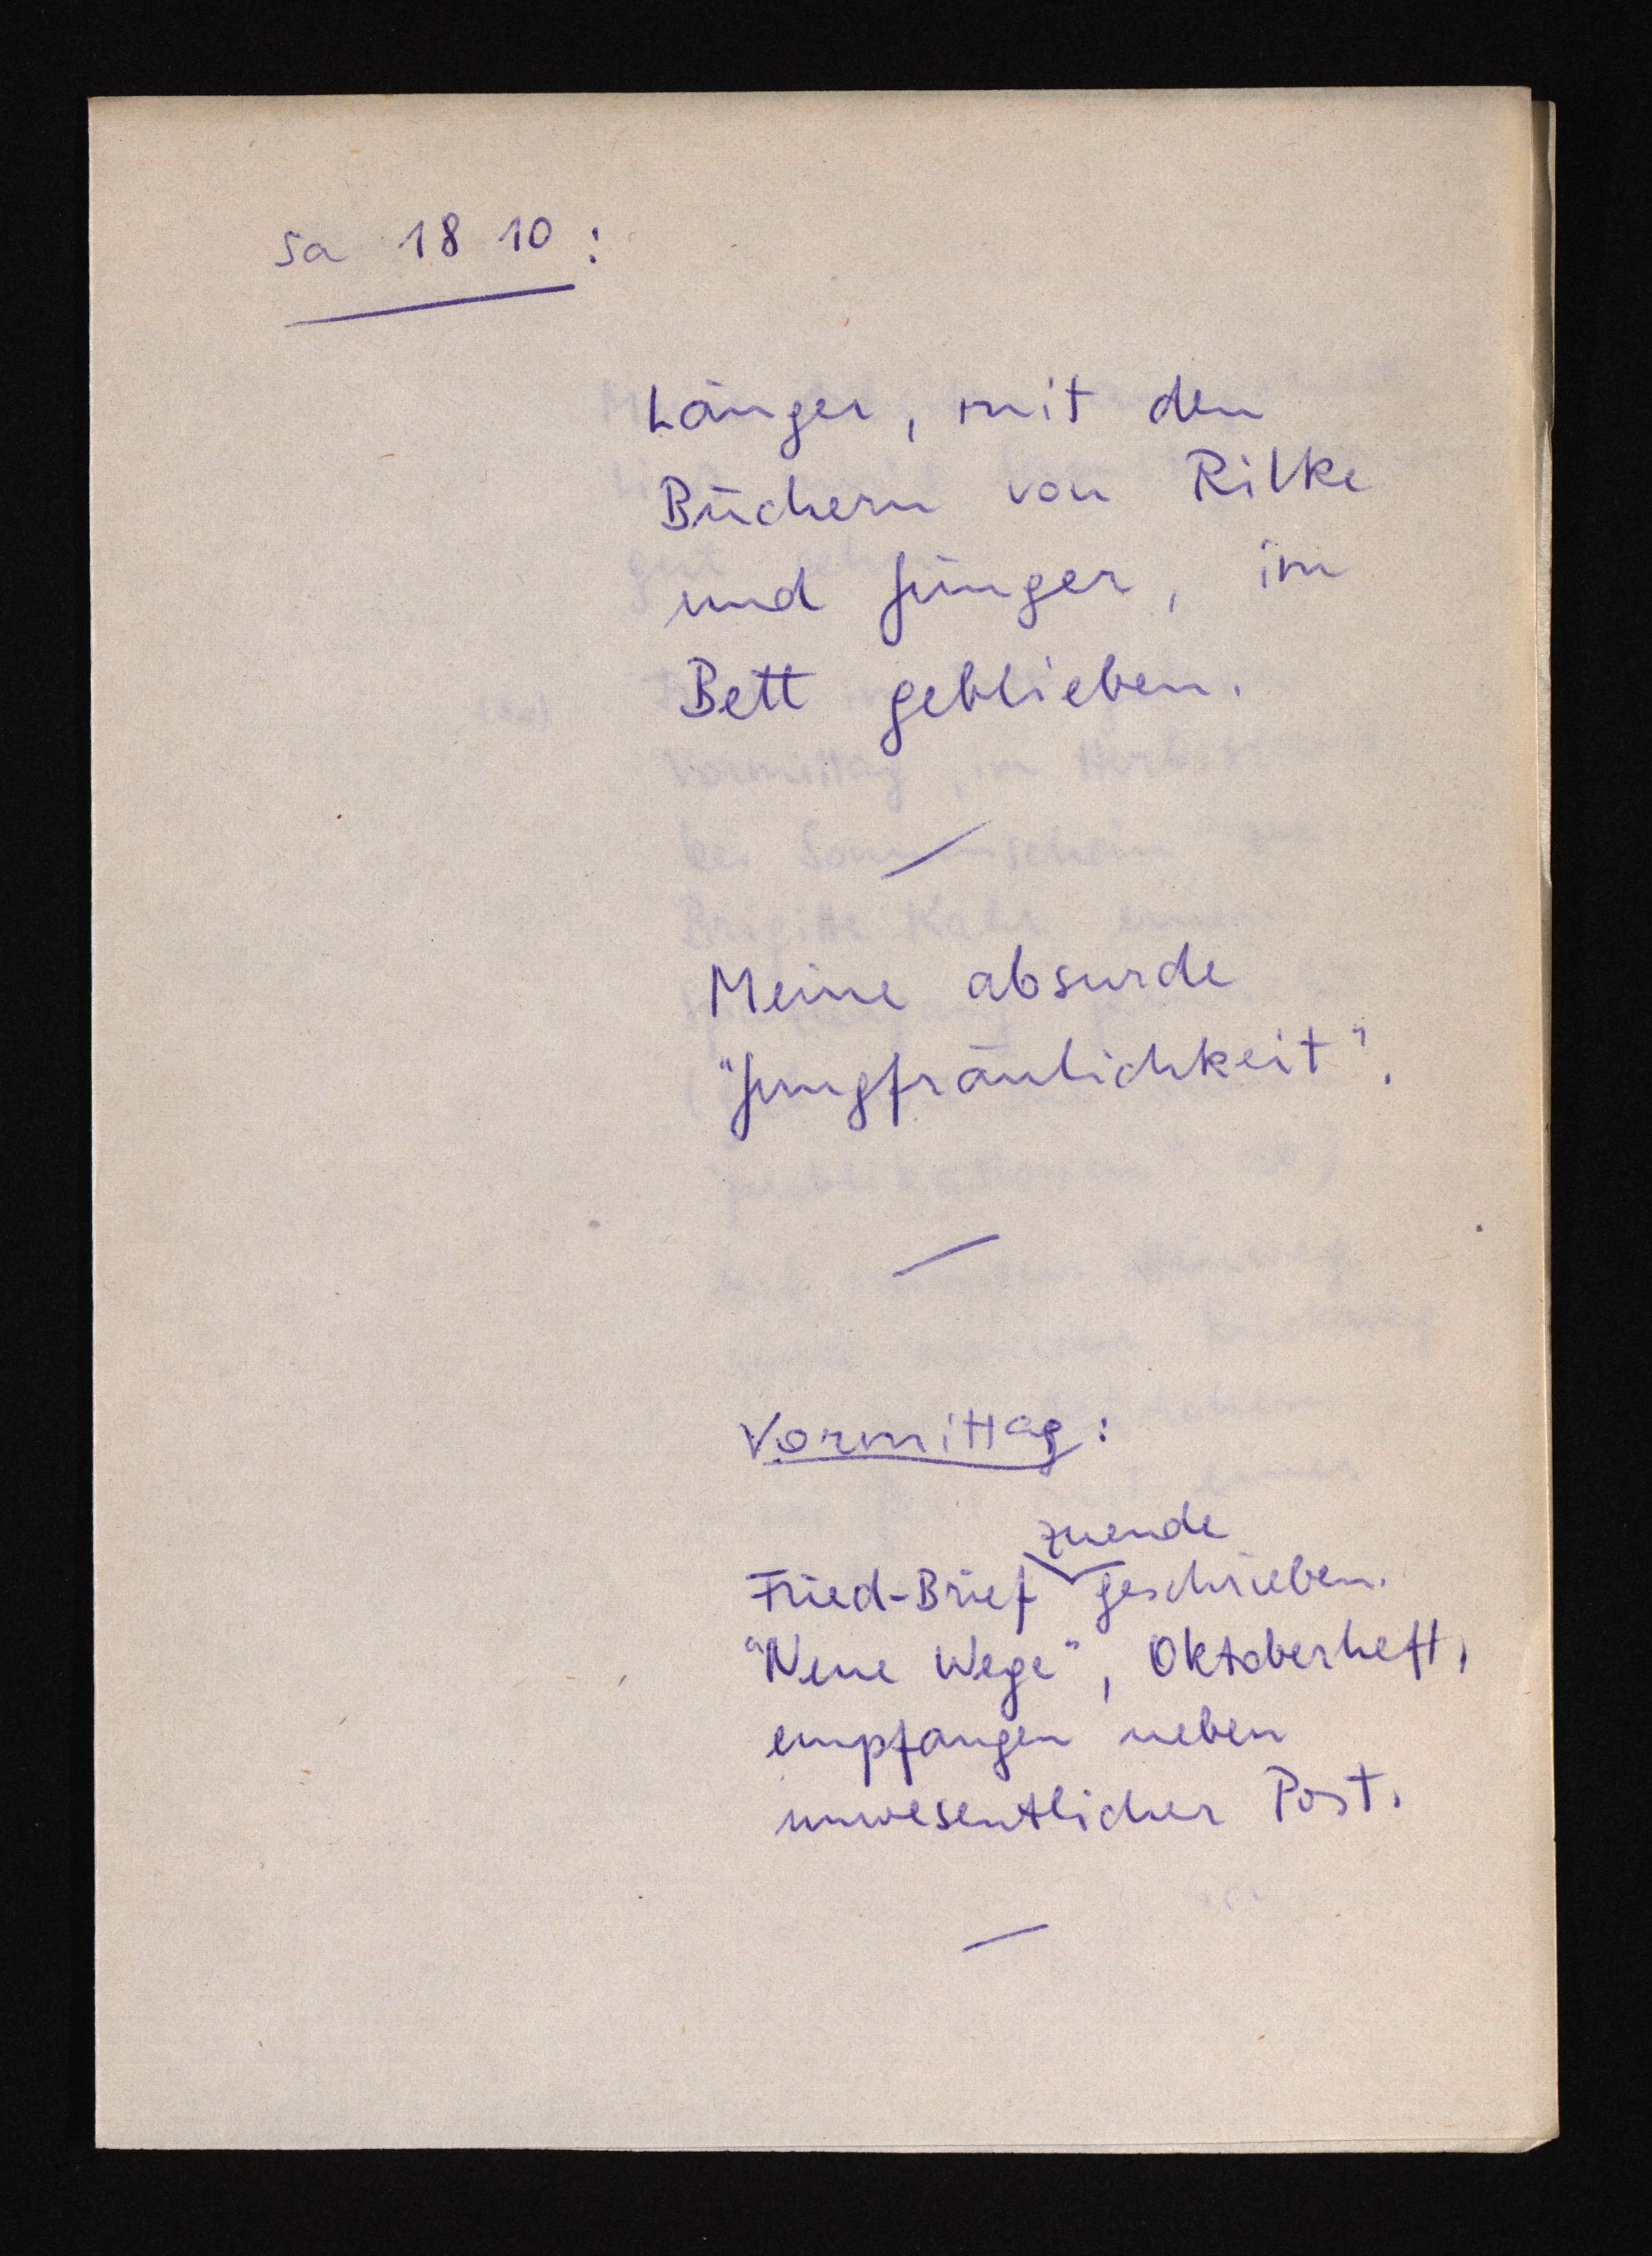
Sa 18 10:
Länger, mit den
Büchern von Rilke
und Jünger, im
Bett geblieben.
Meine absurde
"Jungfräulichkeit".
Vormittag:
zweide
Fried-Brief geschrieben.
"Neue Wege", Oktoberheft,
empfangen neben
unwesentlicher Post.